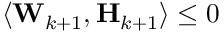
\left\langle \mathbf { W } _ { k + 1 } , \mathbf { H } _ { k + 1 } \right\rangle \leq 0